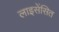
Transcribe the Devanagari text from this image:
लाइसेंसित